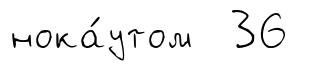
нока́утом 36